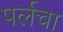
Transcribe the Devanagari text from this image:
पर्लचा